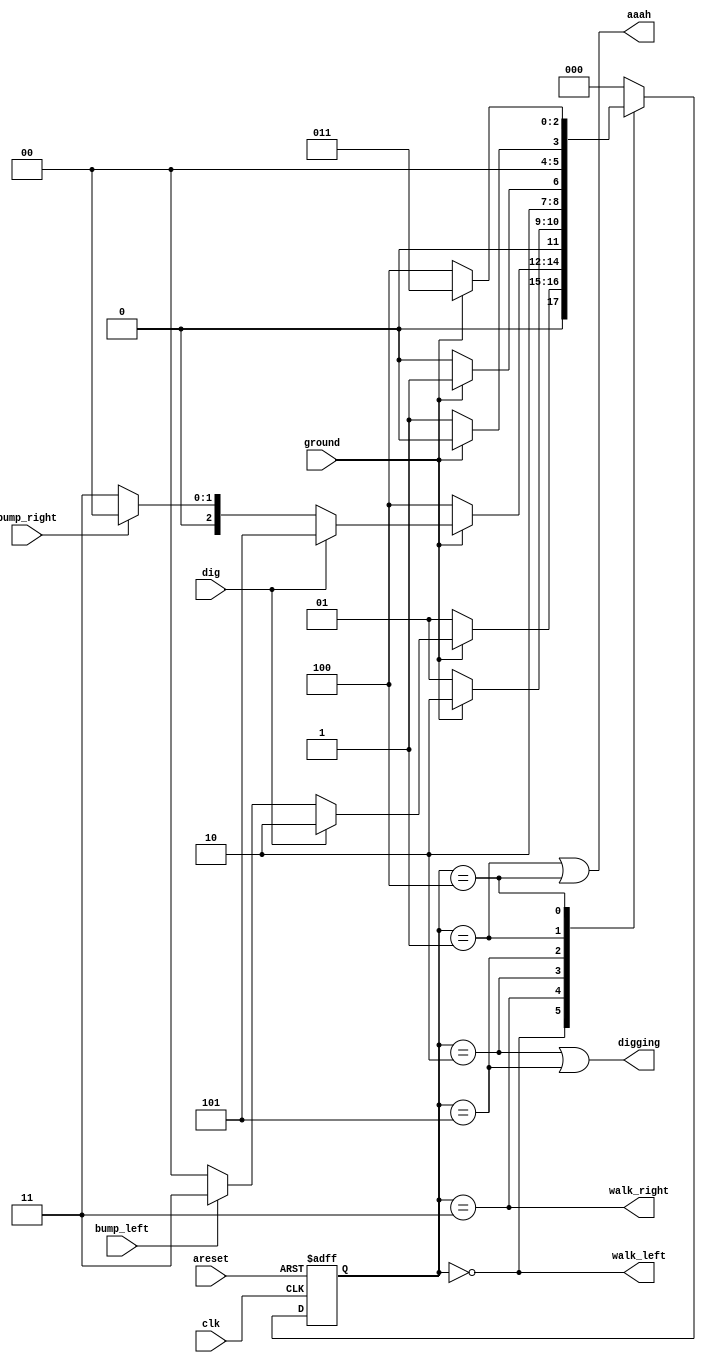
module top_module(
    input clk,
    input areset,    // Freshly brainwashed Lemmings walk left.
    input bump_left,
    input bump_right,
    input ground,
    input dig,
    output walk_left,
    output walk_right,
    output aaah,
    output digging ); 
//parameter
    parameter left = 0, fall_left = 1, dig_left = 2, right = 3, fall_right = 4, dig_right = 5;
    reg [2:0] current, next;
    
    //state transition
    //priority if more than one input asserted
    //fall->dig->switching direction
    always@(*)begin
        case(current)
            left: if(!ground)
                  	next = fall_left;
            	  else if(dig)
                    next = dig_left;
                  else if(bump_left)
                    next = right;
            	  else 
                    next = left;
            right: if(!ground)
                  	next = fall_right;
            	   else if(dig)
                    next = dig_right;
            	   else if(bump_right)
                    next = left;
            	   else 
                    next = right;

            dig_left: if(!ground)
                		next = fall_left;
                      else 
                        next = dig_left;
            
            dig_right: if(!ground)
                		next = fall_right;
                      else 
                        next = dig_right;
            
            fall_left: if(!ground)
                	   	next = fall_left; 
            	       else 
                        next = left;       
            
            fall_right:if(!ground)
                	   	next = fall_right;
            	       else 
                        next = right;      
         default: next = left;
        endcase  
    end
    //state flip flop
    always@(posedge clk, posedge areset)begin 
        if(areset)
            current <= left; 
        else
            current <= next;
    end
    
    assign walk_left = (current == left);
    assign walk_right = (current == right);
    assign aaah = (current == fall_left || current == fall_right);
    assign digging = (current == dig_left || current == dig_right);
endmodule